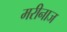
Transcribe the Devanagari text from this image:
मरीनाज